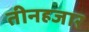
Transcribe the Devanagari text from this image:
तीनहजार